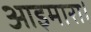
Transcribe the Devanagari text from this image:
आइमारा।